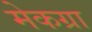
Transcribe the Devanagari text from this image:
मेकग्रा